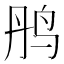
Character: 𫛝